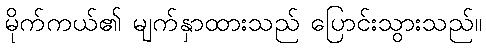
မိုက်ကယ်၏ မျက်နှာထားသည် ပြောင်းသွားသည်။